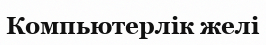
Компьютерлік желі